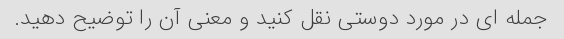
جمله ای در مورد دوستی نقل کنید و معنی آن را توضیح دهید.